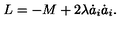
L = - M + 2 \lambda \dot { a } _ { i } \dot { a } _ { i } .